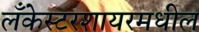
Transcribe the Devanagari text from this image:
लँकेस्टरशायरमधील